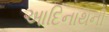
આદિનાથની